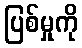
ပြစ်မှုကို